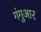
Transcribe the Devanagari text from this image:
गंगुआर